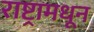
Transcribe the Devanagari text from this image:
राष्ट्रामधून